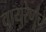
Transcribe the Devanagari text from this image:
वायुरेणूंचे